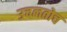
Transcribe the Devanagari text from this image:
उचलतोच